Sketch of the medical history of the native army of Bombay, for the year
Year: 1872
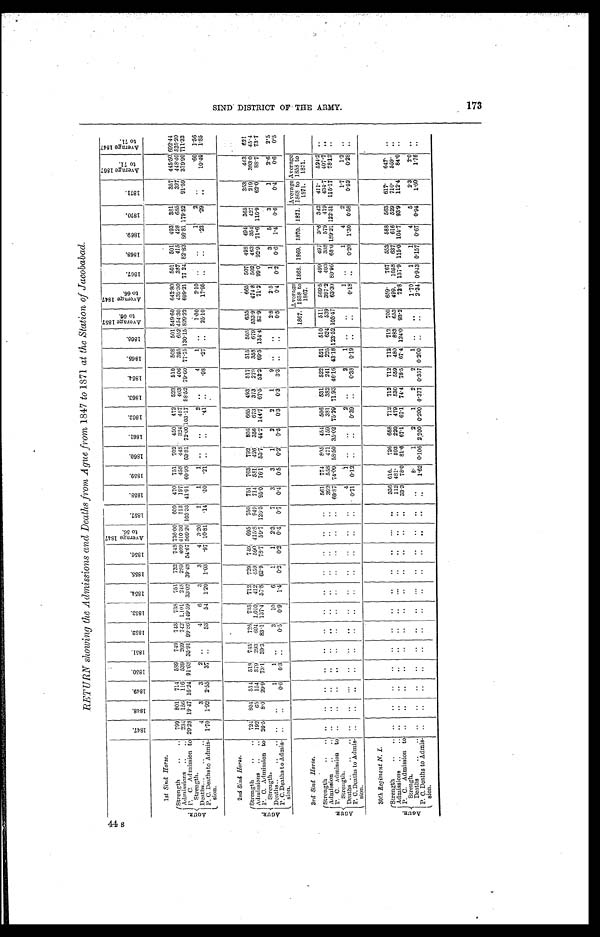
44 s
RETURN showing the Admissions and Deaths from Ague from 1847 to 1871 at the Station of Jacobabad.
1 8 4 7 .
1 8 4 8 .
1 8 4 9 .
1 8 5 0 .
1 8 5 1 .
1 8 5 2 .
1 8 5 3 .
1 8 5 4 .
1 8 5 5 .
1 8 5 6 .
A v e r a g e 1 8 4 7 t o 5 6 .
1 8 5 7 .
1 8 5 8 .
1 8 5 9 .
1 8 6 0 .
1 8 6 1 .
1 8 6 2 .
1 8 6 3 .
1 8 6 4 .
1 8 6 5 .
1 8 6 6 .
A v e r a g e 1 8 5 7 t o 6 6 .
A v e r a g e 1 8 4 7 t o 6 6 .
1 8 6 7 .
1 8 6 8 .
1 8 6 9 .
1 8 7 0 .
1 8 7 1 .
A v e r a g e 1 8 6 7 t o 7 1 .
A v e r a g e 1 8 4 7 t o 7 1 .
1st Sind Horse.
A G U R .
Strength
7 9 9
8 0 1
7 1 4
5 8 9
7 4 9
7 4 3
7 3 8
7 5 1
7 3 2
7 4 8 736.00
6 0 9
4 7 0
7 5 1
7 0 2
4 5 0
4 7 2
5 2 3
5 1 0
5 0 8
5 0 1
5 4 9 . 6 0 642.80
5 0 1
5 0 1
4 9 3
3 8 1
3 5 7
4 4 5 . 5 0
6 9 2 . 4 4
Admissions
2 3 4
1 5 6
1 1 6
5 3 9
2 6 9
7 4 2 1. 101
2 4 8
2 8 9
4 0 9 410.30
7 1 3
1 9 7
4 5 8
4 4 8
3 2 4
4 8 7
4 6 3
4 0 6
3 9 5
6 5 2
4 5 4 . 3 0 432.30
3 8 7
4 1 5
4 2 8
6 8 5
3 2 7
4 4 8 . 4 0
5 2 5 . 2 0
P . C . A d m i s s i o n t o S t r e n g t h . 29. 28 19. 47 16.24 91.68 35.91 99. 86
1 4 9 . 5 9 33.02 39. 48 54.67 569.20
1 0 3 . 3 3
4 1 . 9 1
6 0 . 9 8 63.81
7 2 . 0 0
1 0 3 . 1 7 88. 52
7 9 . 6 0
7 7 . 7 5
1 3 0 . 1 5
8 2 9 . 2 2 699.21
7 7 . 2 4
8 2 . 8 3
8 6 . 8 1
1 7 9 . 5 2
9 1 . 5 9
3 7 9 . 9 0
7 1 1 . 3 2
Deaths
4
3
3
2 . .
4
6
3
3
4
3. 20
1
1
1 ..
. .
2 ..
4
1 ..
1 . 0 0
2 . 1 0
. .
. .
1
2
. .
. 6 0 1.56
P. C. Deaths to Admis-sion.
1. 70
1. 92 2.55
3 7 . .
5 3
5 4 1. 20 1. 03
. 9 7 10.81
. 1 4
. 5 0
. 2 1
. . . .
. 4 1 . .
. 9 8
. 2 7 . .
2 5 . 1 0
1 7 . 9 5 . .
. .
. 2 3
. 2 9
. .
1 0 . 4 0 1. 85
2 nd Sind Horse.
A G U R .
Strength
724
804 51. 4 518 745
726
735 712 729 749
6 9 5
7 5 0
7 5 1
7 6 3
7 9 2
8 0 5
6 6 5
493
5 1 7
5 1 5 505
6 3 5
6 6 5
5 0 7
4 9 8
4 9 4
3 6 5
3 5 3
4 4 3 621
Admissions
192
6 5 154 379 293 604
1 , 0 1 0 412 459 590 415.8
9 4 9
7 1 4
5 8 1
4 2 6
3 5 6
6 7 3
373
2 7 0
3 5 8 679
5 3 3 . 9 474.8
5 0 2
4 6 3
3 5 4
4 2 7
2 1 9
3 9 3 . 0 45.4
P. C. Admission to Strength. 26. 5
8 . 0 29.9 73.1 39.3 83. 1
1 3 7 . 4 57.8 62. 9 78.7 59.7
1 2 6 . 5
9 5 . 0
7 6 . 1 53.7
4 4 . 2
1 4 4 . 7 67. 5
5 2 . 2
6 9 . 5
1 3 4 . 4
8 3 . 9
7 1 . 2
9 9 . 0
9 2 . 9
7 1 . 6
1 1 6 . 9
6 2 . 0
8 8 . 7 73.7
D e a t h s . . .
. .
1
1 . .
3
1 0
6
1
1
2 . 3
7
3
3
1
2
2
1
9
. .
..
2 . 8
2 . 5
1
3
5
3
1
2 . 6
2.5
P. C. De a t hs t o Admi s - s i on.
. .
. .
0 . 6
0 . 3 ..
0. 5
0 . 9
1 . 4
0. 2
0.2
0 . 4
0 . 7
0 . 4
0 . 5
0 . 2
0 . 5
0 . 3
0 . 3
3 . 3 . .
. .
0 . 5
0 . 4
0 . 2
0 . 6
1 . 4
0 . 6
0 . 4
0 . 6
0 . 5
3rd Sind Horse.
1 8 6 7 .
A v e r a g e 1 8 5 8 t o 1 8 6 7 .
1 8 6 8 .
1 8 6 9 .
1 8 7 0 .
1 8 7 1 .
A v e r a g e 1 8 6 8 t o 1 8 7 1 .
A v e r a g e 1 8 5 8 t o 1 8 7 1 .
A G U R .
S t r e n g t h
. .
. .
..
..
..
. .
. .
. .
. .
. . ..
. .
5 6 1
7 7 4
8 9 5
4 5 4
5 0 6
531
5 2 2
5 3 1 510
5 1 1 569.5
4 9 9
4 9 7
3 9 0
3 4 2
4 1 1 .
5 2 4 . 2
..
Admission
. .
. .
. .
..
. .
. .
. .
. .
. .
. . ..
. .
3 9 2
5 5 8
4 7 1
1 5 9
3 8 1
382
2 4 1
2 2 5 624
5 3 9 397.2
4 0 3
3 3 8
5 7 9
4 1 9
4 3 4 . 7
4 0 7 . 7 . .
P. C. Admission to Strength. . .
. .
..
..
. .
. .
. .
. .
. .
. . ..
. .
6 9 . 8 7
7 4 . 0 9 58.50
3 5 . 0 2
7 5 . 2 9
7 1 . 9 3
4 6 . 1 6
4 3 . 1 8
1 2 3 . 5 2
1 0 5 . 4 7 63.30
8 0 . 9 6
6 8 . 0
1 8 9 . 2 1
1 2 2 . 5 1
1 1 5 . 1 7
7 8 . 1 2 . .
Deaths
. .
. .
..
.. ..
..
.. ..
.. .. ..
. .
4
1 ..
. .
2
. .
2
1 ..
. . 1
. .
1
4
2
1 . 7
1 . 2 ..
P. C. Deaths to Admis-sion. . .
. .
. .
..
. .
. .
. .
. .
. .
. . ..
. .
0 . 7 1
0 . 1 2 ..
. .
0 . 3 9 . .
0 . 3 8
0 . 1 9 . .
. .
0 . 1 8 . .
0 . 2 0
1 . 3 0
0 . 5 8
0 . 5 2
0 . 2 8 . .
30 th Regiment N. I.
A G U R .
Strength
. .
. .
. .
..
. .
. .
. .
. .
. .
. . ..
. .
3 3 6 6 1 6
7 2 6
6 5 8
7 1 2
712
7 1 2
7 1 2 712
7 0 0 659.
7 6 7
5 5 3
5 8 8
5 6 3
6 1 7 .
6 4 7 . ..
Admissions
. .
. .
. .
..
.. ..
. .
..
. .
. . ..
. .
1 1 2 4 8 1 .
5 9 3
2 2 0
4 7 9
530
5 5 9
4 8 0 883
6 5 3 499.
1 0 5 8
6 3 7
6 1 6
5 2 9
7 1 0 .
559. . .
P. C. Admission to Strength. . .
. .
. .
..
. .
. .
. .
. .
. .
. . ..
. .
3 3 . 3
7 8 . 0 81.6
6 7 . 1
6 7 . 1 74. 4
7 8 . 5
6 7 . 4
1 2 4 . 0
9 3 . 2
7 2 . 8
1 3 7 . 9
1 1 5 . 0
1 0 4 . 7
9 3 . 9
1 1 2 . 4
8 4 . 0 . .
Deaths
. . ..
. .
..
. .
. .
. .
. . .. .. ..
. .
. . 8 .
1
2
1 2
2
1 ..
. . 1.70
1
1
4
5
2 . 3
2 . 0 ..
P. C. Deaths to Admis-sion.
. .
. .
..
..
..
. .
. .
. .
. .
. . ..
. .
. .
1 . 6 2 0.106
2 . 2 0 0
0 . 2 0 0
0 . 3 7 7
0 . 3 5 7
0 . 2 0 0 . .
. .
2.34
0 . 9 4 3
0 . 1 5 7
0 . 6 7
0 . 9 4
1 . 6 0
1 . 7 6 . .
S I N D D D I S T R I C T O F T H E A R , Y . 1 1 7 3